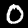
Label: 0